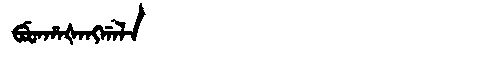
Manchu: ᠪᡠᡨᡥᠠᡧᠠᠩᡤᠠᠯᠠ
Romanization: BUTHAŠANGGALA